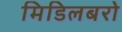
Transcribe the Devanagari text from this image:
मिडिलबरो